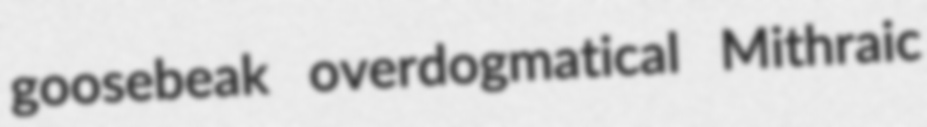
goosebeak overdogmatical Mithraic